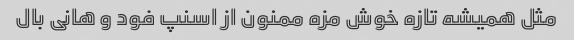
مثل همیشه تازه خوش مزه ممنون از اسنپ فود و هانی بال